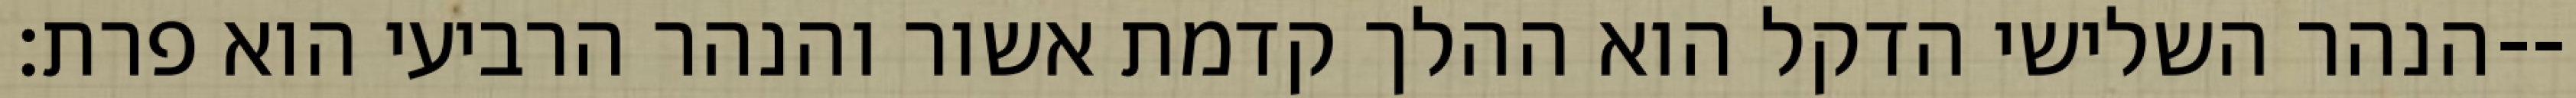
הנהר השלישי הדקל הוא ההלך קדמת אשור והנהר הרביעי הוא פרת׃--